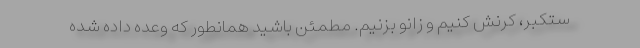
ستکبر، کرنش کنیم و زانو بزنیم. مطمئن باشید همانطور که وعده داده شده